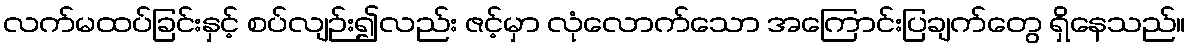
လက်မထပ်ခြင်းနှင့် စပ်လျဉ်း၍လည်း ဇင့်မှာ လုံလောက်သော အကြောင်းပြချက်တွေ ရှိနေသည်။